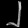
Digit: ၂